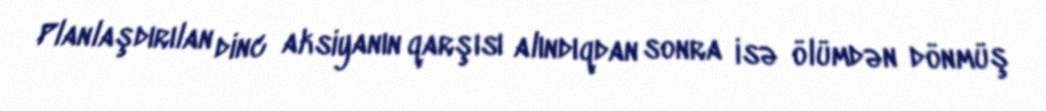
Planlaşdırılan dinc aksiyanın qarşısı alındıqdan sonra isə ölümdən dönmüş